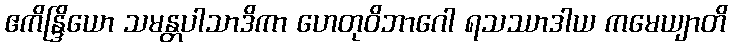
ဧကိန္ဒြိယော သမန္တပါသာဒိကာ ဟေတုဝိဘာဂေါ ရသဿာဒါယ ကမေယျာတိ